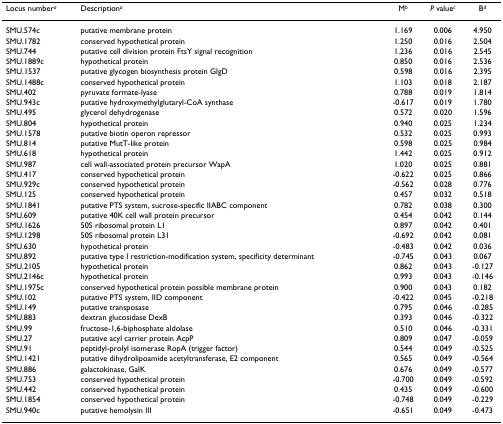
<table><thead><tr><td><b>Locus number<sup><i>a</i></sup></b></td><td><b>Description<sup><i>a</i></sup></b></td><td><b>M<sup><i>b</i></sup></b></td><td><b><i>P </i>value<sup><i>c</i></sup></b></td><td><b>B<sup><i>d</i></sup></b></td></tr></thead><tbody><tr><td>SMU.574c</td><td>putative membrane protein</td><td>1.169</td><td>0.006</td><td>4.950</td></tr><tr><td>SMU.1782</td><td>conserved hypothetical protein</td><td>1.250</td><td>0.016</td><td>2.504</td></tr><tr><td>SMU.744</td><td>putative cell division protein FtsY signal recognition</td><td>1.236</td><td>0.016</td><td>2.545</td></tr><tr><td>SMU.1889c</td><td>hypothetical protein</td><td>0.850</td><td>0.016</td><td>2.536</td></tr><tr><td>SMU.1537</td><td>putative glycogen biosynthesis protein GlgD</td><td>0.598</td><td>0.016</td><td>2.395</td></tr><tr><td>SMU.1488c</td><td>conserved hypothetical protein</td><td>1.103</td><td>0.018</td><td>2.187</td></tr><tr><td>SMU.402</td><td>pyruvate formate-lyase</td><td>0.788</td><td>0.019</td><td>1.814</td></tr><tr><td>SMU.943c</td><td>putative hydroxymethylglutaryl-CoA synthase</td><td>-0.617</td><td>0.019</td><td>1.780</td></tr><tr><td>SMU.495</td><td>glycerol dehydrogenase</td><td>0.572</td><td>0.020</td><td>1.596</td></tr><tr><td>SMU.804</td><td>hypothetical protein</td><td>0.940</td><td>0.025</td><td>1.234</td></tr><tr><td>SMU.1578</td><td>putative biotin operon repressor</td><td>0.532</td><td>0.025</td><td>0.993</td></tr><tr><td>SMU.814</td><td>putative MutT-like protein</td><td>0.598</td><td>0.025</td><td>0.984</td></tr><tr><td>SMU.618</td><td>hypothetical protein</td><td>1.442</td><td>0.025</td><td>0.912</td></tr><tr><td>SMU.987</td><td>cell wall-associated protein precursor WapA</td><td>1.020</td><td>0.025</td><td>0.881</td></tr><tr><td>SMU.417</td><td>conserved hypothetical protein</td><td>-0.622</td><td>0.025</td><td>0.866</td></tr><tr><td>SMU.929c</td><td>conserved hypothetical protein</td><td>-0.562</td><td>0.028</td><td>0.776</td></tr><tr><td>SMU.125</td><td>conserved hypothetical protein</td><td>0.457</td><td>0.032</td><td>0.518</td></tr><tr><td>SMU.1841</td><td>putative PTS system, sucrose-specific IIABC component</td><td>0.782</td><td>0.038</td><td>0.300</td></tr><tr><td>SMU.609</td><td>putative 40K cell wall protein precursor</td><td>0.454</td><td>0.042</td><td>0.144</td></tr><tr><td>SMU.1626</td><td>50S ribosomal protein L1</td><td>0.897</td><td>0.042</td><td>0.401</td></tr><tr><td>SMU.1298</td><td>50S ribosomal protein L31</td><td>-0.692</td><td>0.042</td><td>0.081</td></tr><tr><td>SMU.630</td><td>hypothetical protein</td><td>-0.483</td><td>0.042</td><td>0.036</td></tr><tr><td>SMU.892</td><td>putative type I restriction-modification system, specificity determinant</td><td>-0.745</td><td>0.043</td><td>0.067</td></tr><tr><td>SMU.2105</td><td>hypothetical protein</td><td>0.862</td><td>0.043</td><td>-0.127</td></tr><tr><td>SMU.2146c</td><td>hypothetical protein</td><td>0.993</td><td>0.043</td><td>-0.146</td></tr><tr><td>SMU.1975c</td><td>conserved hypothetical protein possible membrane protein</td><td>0.900</td><td>0.043</td><td>0.182</td></tr><tr><td>SMU.102</td><td>putative PTS system, IID component</td><td>-0.422</td><td>0.045</td><td>-0.218</td></tr><tr><td>SMU.149</td><td>putative transposase</td><td>0.795</td><td>0.046</td><td>-0.285</td></tr><tr><td>SMU.883</td><td>dextran glucosidase DexB</td><td>0.393</td><td>0.046</td><td>-0.322</td></tr><tr><td>SMU.99</td><td>fructose-1,6-biphosphate aldolase</td><td>0.510</td><td>0.046</td><td>-0.331</td></tr><tr><td>SMU.27</td><td>putative acyl carrier protein AcpP</td><td>0.809</td><td>0.047</td><td>-0.059</td></tr><tr><td>SMU.91</td><td>peptidyl-prolyl isomerase RopA (trigger factor)</td><td>0.544</td><td>0.049</td><td>-0.525</td></tr><tr><td>SMU.1421</td><td>putative dihydrolipoamide acetyltransferase, E2 component</td><td>0.565</td><td>0.049</td><td>-0.564</td></tr><tr><td>SMU.886</td><td>galactokinase, GalK</td><td>0.676</td><td>0.049</td><td>-0.577</td></tr><tr><td>SMU.753</td><td>conserved hypothetical protein</td><td>-0.700</td><td>0.049</td><td>-0.592</td></tr><tr><td>SMU.442</td><td>conserved hypothetical protein</td><td>0.435</td><td>0.049</td><td>-0.600</td></tr><tr><td>SMU.1854</td><td>conserved hypothetical protein</td><td>-0.748</td><td>0.049</td><td>-0.229</td></tr><tr><td>SMU.940c</td><td>putative hemolysin III</td><td>-0.651</td><td>0.049</td><td>-0.473</td></tr></tbody></table>